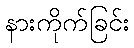
နားကိုက်ခြင်း